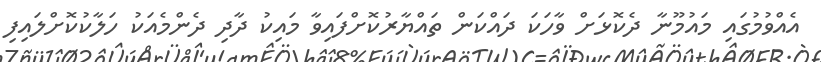
އެއްވުމުގައި މައުމޫނާ ދެކޮޅަށް ވާހަކަ ދައްކަން ތައްޔާރުކޮށްފައިވާ މައިކު ދާދި ދެންމެއަކު ހަލާކުކޮށްލައިފި